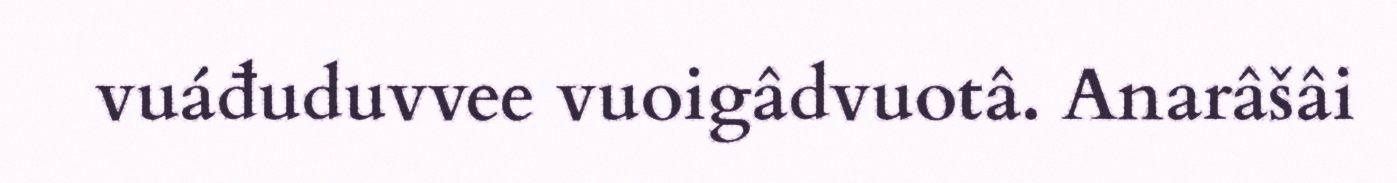
vuáđuduvvee vuoigâdvuotâ. Anarâšâi